Report on vaccination in Madras 1877-1894 - 1877-1894
Year: 1877
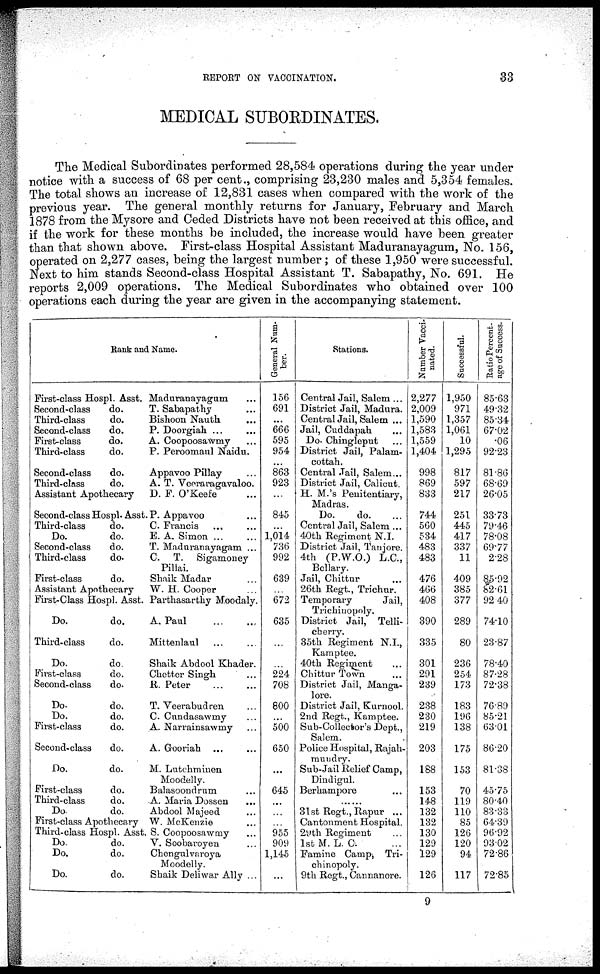
REPORT ON VACCINATION.
33
MEDICAL SUBORDINATES.
The Medical Subordinates performed 28,584 operations during the year under
notice with a success of 68 per cent., comprising 23,230 males and 5,354 females.
The total shows an increase of 12,831 cases when compared with the work of the
previous year. The general monthly returns for January, February and March
1878 from the Mysore and Ceded Districts have not been received at this office, and
if the work for these months be included, the increase would have been greater
than that shown above. First-class Hospital Assistant Maduranayagum, No. 156,
operated on 2,277 cases, being the largest number ; of these 1,950 were successful.
Next to him stands Second-class Hospital Assistant T. Sabapathy, No. 691. He
reports 2,009 operations. The Medical Subordinates who obtained over 100
operations each during the year are given in the accompanying statement.
Rank and Name.
First-class Hospl. Asst. Maduranayagum ...
Second-class
do.
T. Sabapathy ...
Third-class
do.
Bishoon Nauth ...
Second-class
do.
P. Doorgiah
...
...
First-class
do.
A. Coopoosawmy ...
Third-class
do.
P. Peroomaul Naidu.
Second-class
do.
Appavoo Pillay ...
Third-class
do.
A. T. Veeraragavaloo.
Assistant Apothecary
D. F. O'Keefe ...
Second-class Hospl. Asst. P. Appavoo ...
Third-class
do.
C. Francis ... ...
Do.
do.
E. A. Simon ... ...
Second-class
do.
T. Maduranayagam ...
Third-class
do.
C. T.
Sigamoney
Pillai.
First-class
do.
Shaik Madar ...
Assistant Apothecary
W. H. Cooper ...
First-Class Hospl. Asst. Parthasarthy Moodaly.
Do.
do.
A. Paul
...
...
Third-class
do.Mittenlaul ... ...
Do.
do.
Shaik Abdool Khader.
First-class
do.
Chetter Singh ...
Second-class
do.
R. Peter ... ...
Do.
do.
T. Veerabudren ...
Do.
do.
C. Cundasawmy ...
First-class
do.
A. Narrainsawmy ...
Second-class
do.
A. Gooriah ... ...
Do.
do.
M. Lutchminen
Moodelly.
First-class
do.
Balasoondrum ...
Third-class
do.
A. Maria Dossen ...
Do.
do.
Abdool Majeed ...
First-class Apothecary W. McKenzie ...
Third-class Hospl. Asst. S. Coopoosawmy ...
Do.
do.
V. Soobaroyen ...
Do.
do.
Chengulvaroya
Moodelly.
Do.
do.
Shaik Deliwar Ally ...
General Num-
ber.
156
691
...
666
595
954
863
923
...
845
...
1,014
736
992
639
...
672
635
...
...
224
708
800
...
500
650
...
645
...
...
...
955
909
1,145
...
Stations.
Central Jail, Salem ...
District Jail, Madura.
Central Jail, Salem ...
Jail, Cuddapah ...
Do. Chingleput ...
District Jail, Palam¬
cottah.
Central Jail, Salem ...
District Jail, Calicut .
H. M.'s Penitentiary,
Madaras .
Do.
do. ...
Central Jail, Salem ...
40th Regiment N.I.
District Jail, Tanjore.
4th (P.W.O.) L.C.,
Bellary.
Jail, Chittur ...
26th Regt., Trichur.
Temporary
Jail,
Trichinopoly.
District Jail, Telli¬
cherry.
35th Regiment N.I.,
Kamptee.
40th Regiment ...
Chittur Town ...
District Jail, Manga¬
lore.
District Jail, Kurnool.
2nd Regt., Kamptee.
Sub-Collector's Dept.,
Salem.
Police Hospital, Rajah¬
mundry
Sub-Jail Relief Camp,
Dindigul.
Berhampore
......
31st Regt., Rapur ...
Cantonment Hospital.
29th Regiment ...
1st M.L.C. ...
Famine Camp; Tri-
chinopoly.
9th Regt., Cannanore.
Number Vacci¬
nated.
2,277
2,009
1,590
1,583
1,559
1,404
998
869
833
744
560
534
483
483
476
466
408
390
335
301
291
239
238
230
219
203
188
153
148
132
132
130
129
129
126
Successful.
1,950
971
1,357
1,061
10
1,295
817
597
217
251
445
417
337
11
409
385
377
289
80
236
254
173
183
196
138
175
153
70
119
110
85
126
120
94
117
Ratio Percent-
age of Success.
85.63
49.32
85.34
67.02
.06
92.23
81.86
68.69
26.05
33.73
79.46
78.08
69.77
2.28
85.92
82.61
92.40
74.10
23.87
78.40
87.28
72.38
76.89
85.21
63.01
86.20
81.38
45.75
80.40
83.33
64.39
96.92
93.02
72.86
72.85
9